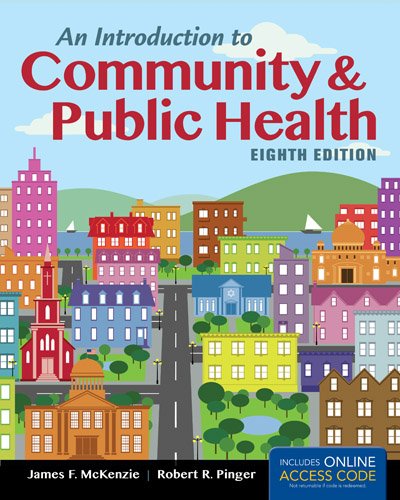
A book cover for An Introduction to Community & Public Health; James F. McKenzie; Medical Books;